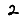
Digit: 2